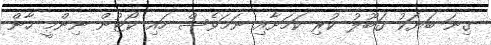
ގިނަ ބަޔަކު ގަބޫލު ކުރި ކަމަށާއި ނަމަވެސް ހައި ކޯޓުން ނިންމީ ހާން